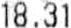
18.31